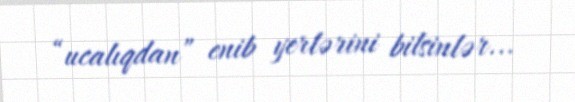
“ucalıqdan” enib yerlərini bilsinlər...